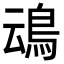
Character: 䲰